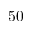
5 0